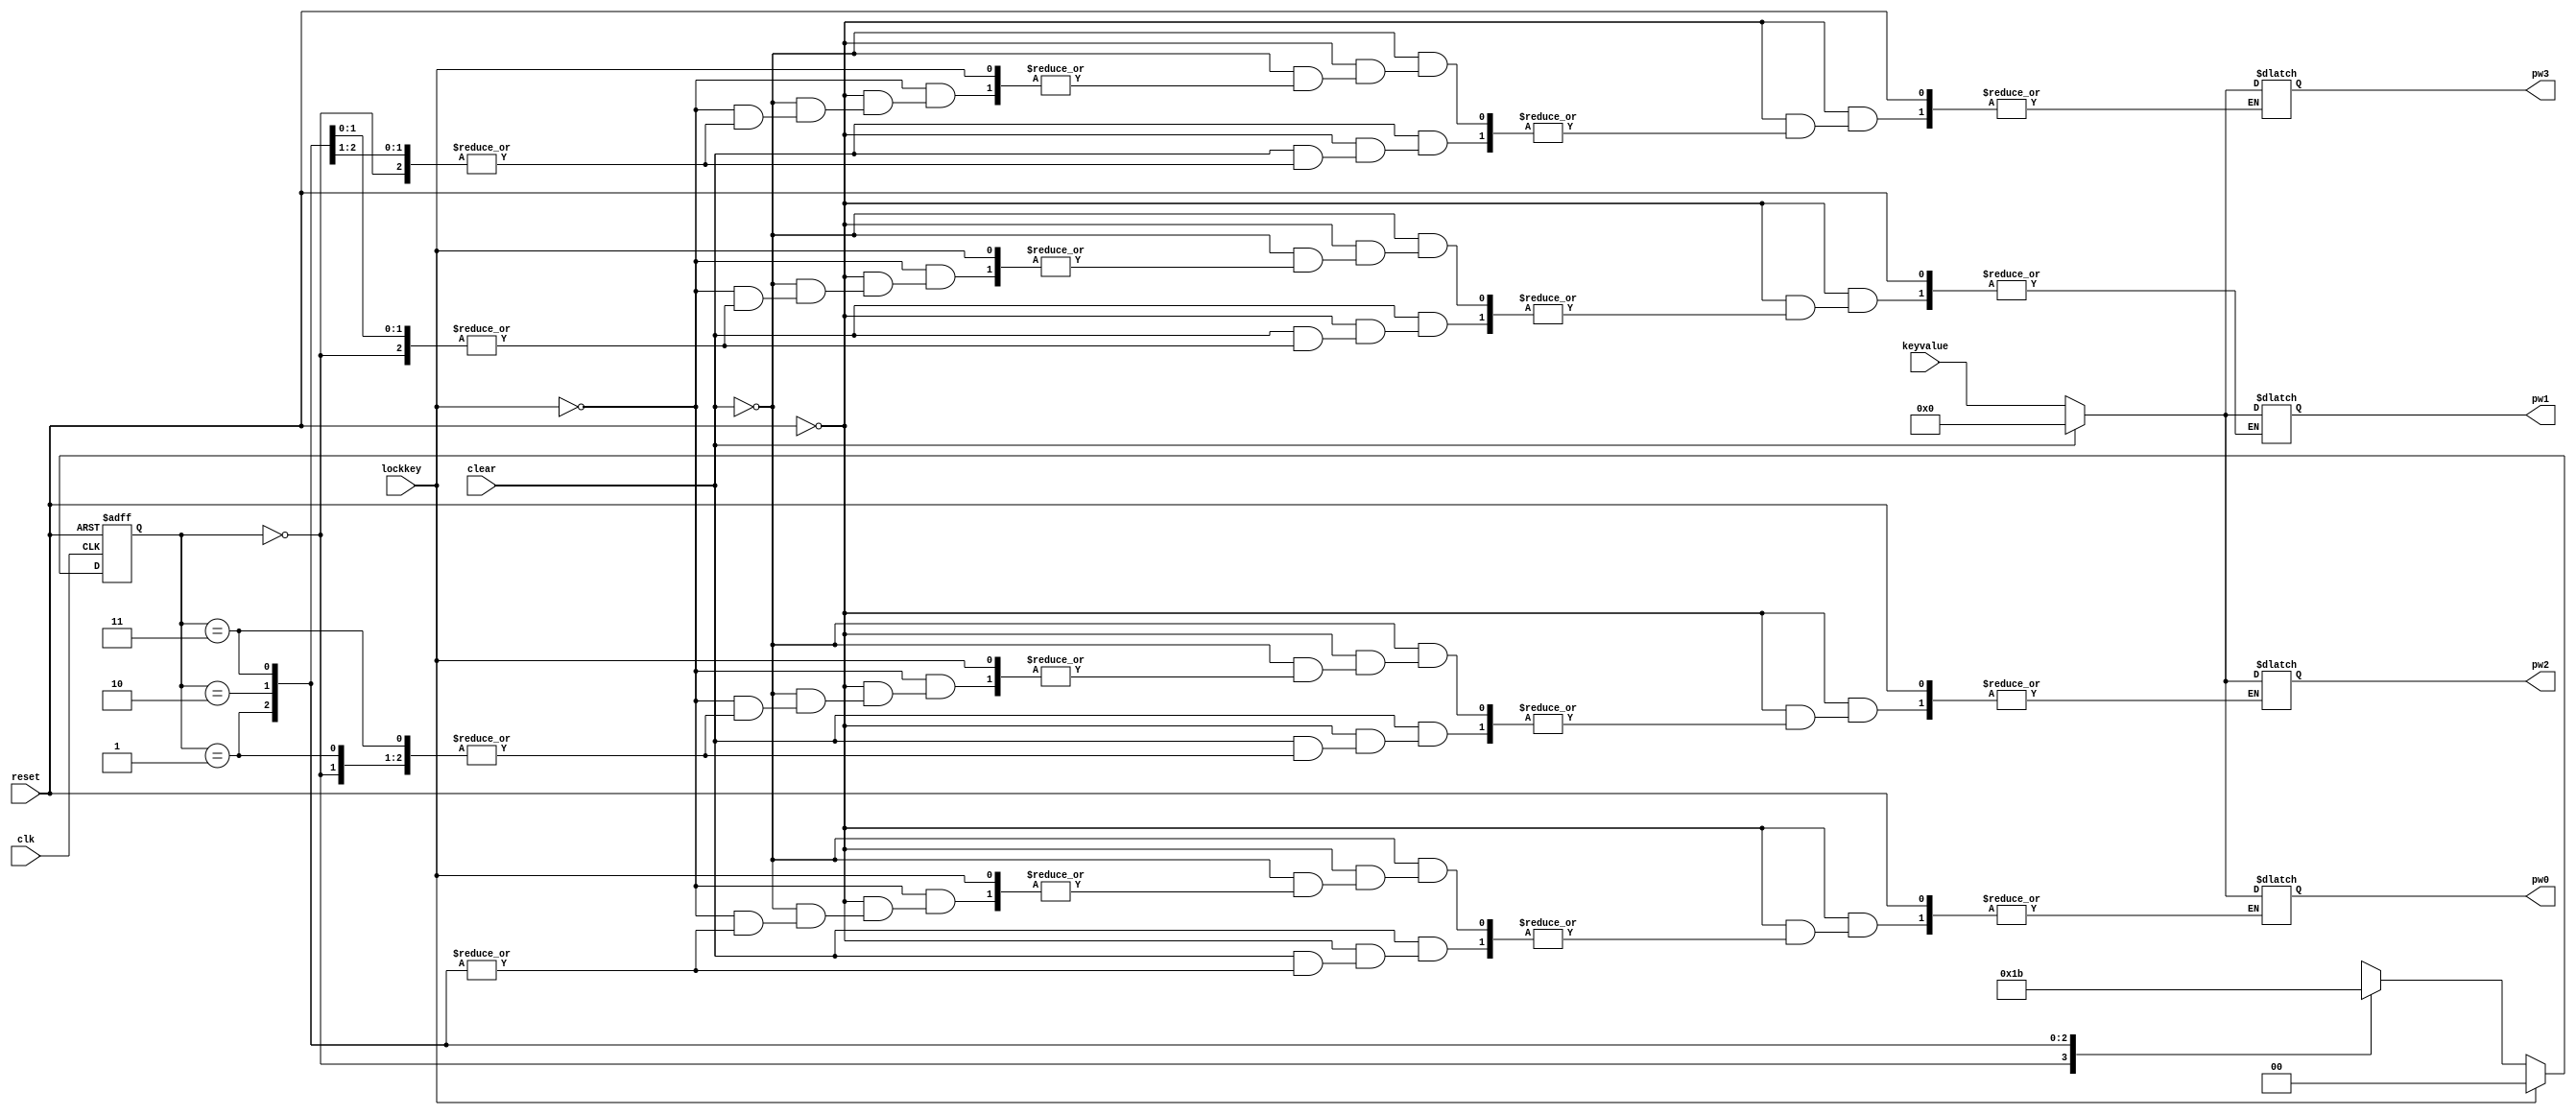
module KeyBord4(clk,reset,clear,lockkey,keyvalue,pw0,pw1,pw2,pw3);
input clk;
input reset;
input clear;
input lockkey;
input [3:0]keyvalue;

output reg[3:0]pw0;
output reg[3:0]pw1;
output reg[3:0]pw2;
output reg[3:0]pw3;

parameter state0=2'b00;
parameter state1=2'b01;
parameter state2=2'b10;
parameter state3=2'b11;

reg [1:0]cur_st;
reg [1:0]next_st;

//1 state transfer
always @(posedge clk or negedge reset) 
begin
	if (!reset) 
     begin
		cur_st<= 'b0 ;
     end
    else 
     begin
        cur_st<= next_st;
     end
end
//2 state switch
always@(*)
begin
	if(lockkey)
		next_st=state0;
	else
		case(cur_st)
			2'b00:next_st=state0;
			2'b01:next_st=state1;
			2'b10:next_st=state2;
			2'b11:next_st=state3;
		endcase
end
//3 state output
always@(*)
begin
if(!reset)
	if(clear)
	case(cur_st)
		2'b00:pw0=4'h0;
		2'b01:pw1=4'h0;
		2'b10:pw2=4'h0;
		2'b11:pw3=4'h0;
	endcase
	else if(!lockkey)
	case(cur_st)
		2'b00:pw0=keyvalue;
		2'b01:pw1=keyvalue;
		2'b10:pw2=keyvalue;
		2'b11:pw3=keyvalue;
	endcase
end
endmodule